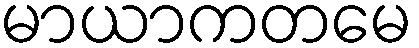
မာယာကတမေ